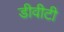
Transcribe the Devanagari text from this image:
डीवीटी